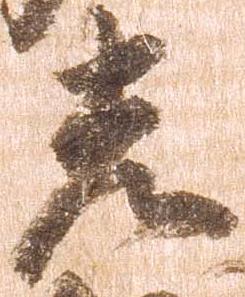
光